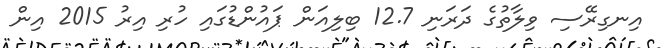
އިނގިރޭސި ވިލާތުގެ ދަރަނި 12.7 ބިލިއަން ޕައުންޑުގައި ހުރި އިރު 2015 އިން